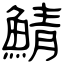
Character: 鯖